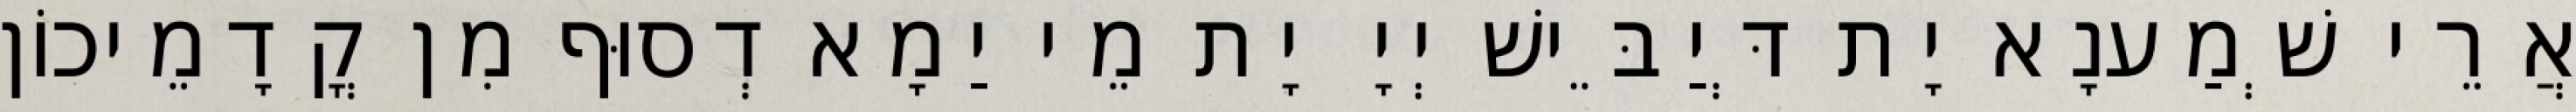
אֲרֵי שְׁמַענָא יָת דְּיַבֵּישׁ יְיָ יָת מֵי יַמָא דְסוּף מִן קֳדָמֵיכוֹן